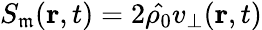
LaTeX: S_{\mathfrak{m}}(\textbf{{r}},t)=2\hat{{\rho_{0}}}v_{\bot}(\textbf{{r}},t)